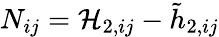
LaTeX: {N_{ij}}=\mathcal{H}_{2,ij}-\tilde{{h}}_{2,ij}